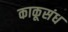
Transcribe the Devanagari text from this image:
काकूसंध